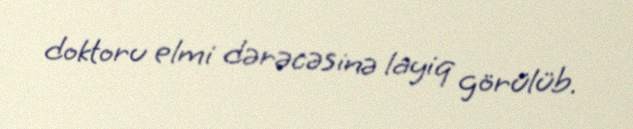
doktoru elmi dərəcəsinə layiq görülüb.